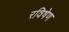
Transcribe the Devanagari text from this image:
रविषेण